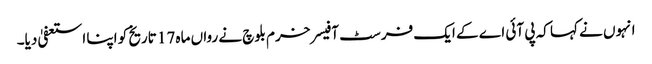
انہوں نے کہا کہ پی آئی اے کے ایک فرسٹ آفیسر خرم بلوچ نے رواں ماہ 17 تاریخ کو اپنا استعفیٰ دیا۔